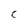
Character: C